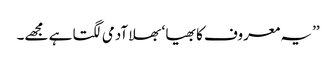
’’یہ معروف کا بھیا ‘ بھلا آدمی لگتا ہے مجھے۔